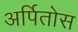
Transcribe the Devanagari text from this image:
अर्पितोस